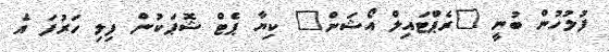
ފުލުހުން ބުނީ "ރެޕްޓައިލް އޯޝަން" ކިޔާ ޕެޓް ޝޮޕަކުން ފިލި ހަރުފަ އެ